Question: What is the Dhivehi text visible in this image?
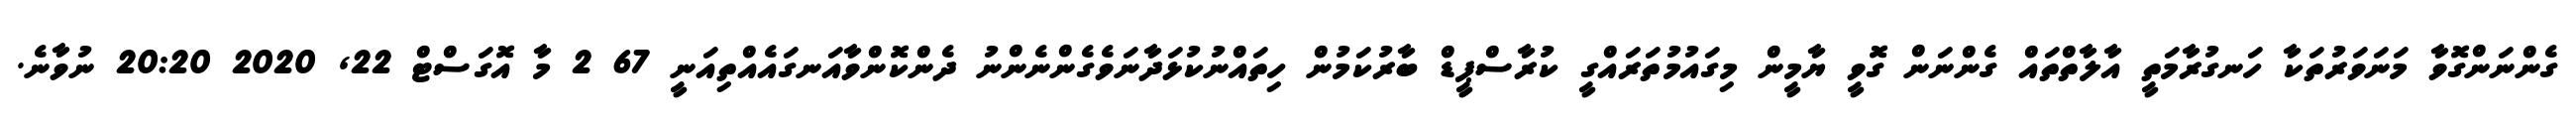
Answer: ގެންނަންގޮވާ މަނަވަރުތަކާ ހަނގުރާމަތީ އާލާތްތައް ގެންނަން ގޮވީ ޔާމީން މިގައުމުތަރައްގީ ކުރާސްޕީޑް ބާރުކަމުން ހިތައްނުކުޅަދާނަވެގެންނެންނު ދެންކޮންވާއަނގައެއްތިއަނީ 67 2 މާ އޮގަސްޓް 22, 2020 20:20 ނުވާނެ.